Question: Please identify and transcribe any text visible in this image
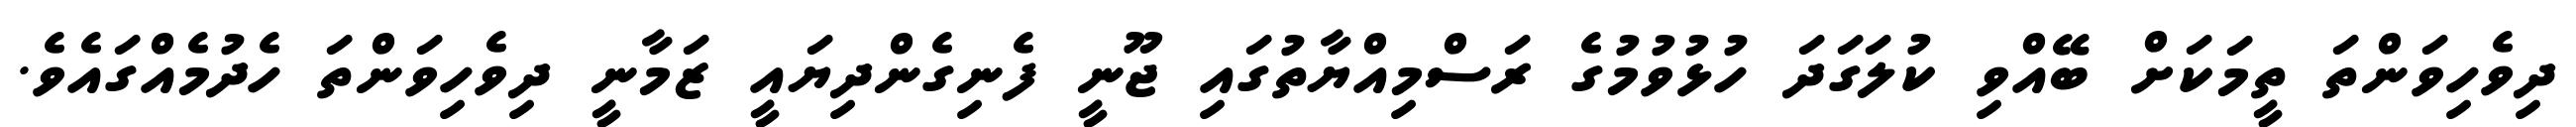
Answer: ދިވެހިވަންތަ ތީމަކަށް ބޭއްވި ކުލަގަދަ ހުޅުވުމުގެ ރަސްމިއްޔާތުގައި ޖޫނީ ފެނިގެންދިޔައީ ޒަމާނީ ދިވެހިވަންތަ ހެދުމެއްގައެވެ.